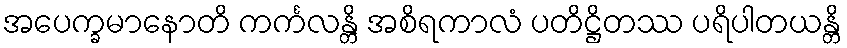
အပေက္ခမာနောတိ ကင်္ကလန္တိ အစိရကာလံ ပတိဋ္ဌိတဿ ပရိပါတယန္တိ